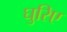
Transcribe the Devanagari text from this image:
घुरिए